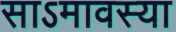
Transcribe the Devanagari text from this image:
साऽमावस्या